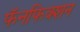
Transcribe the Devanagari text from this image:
फॅनफिक्शन